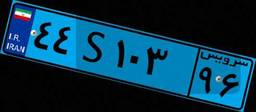
۴۴S۱۰۳۹۶